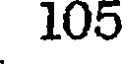
105